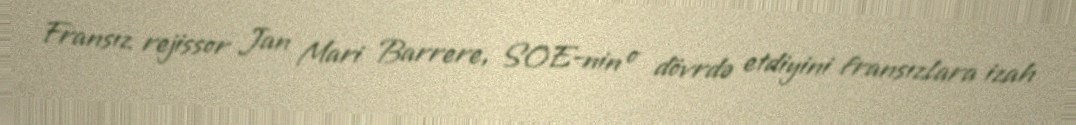
Fransız rejissor Jan Mari Barrere, SOE-nin o dövrdə etdiyini fransızlara izah